Leaving Certificate Examination, 1911
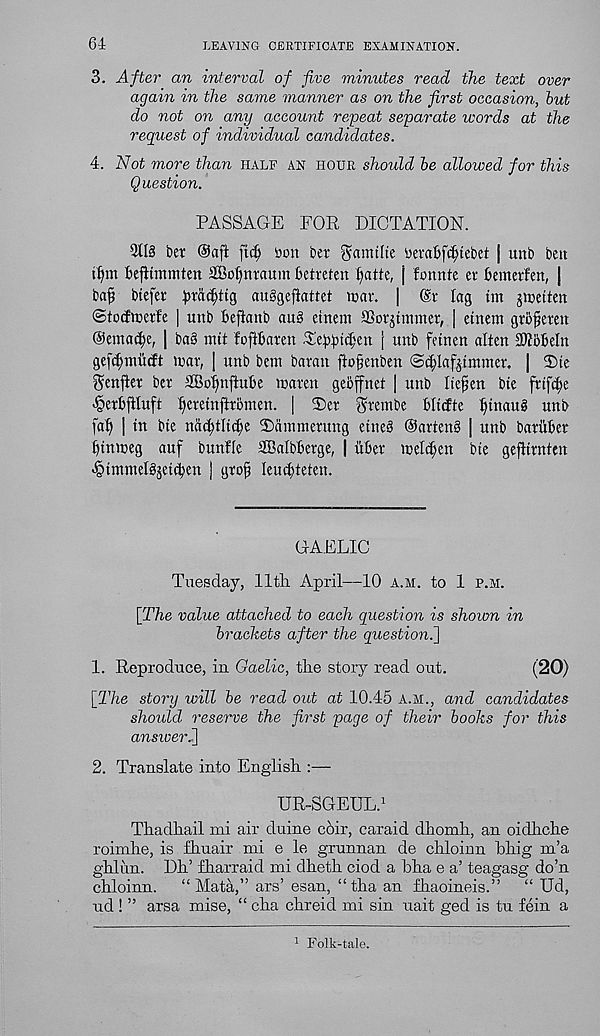
64
LEAVING CERTIFICATE EXAMINATION.
3. After an interval of five minutes read the text over
again in the same manner as on the first occasion, but
do not on any account repeat separate words at the
request of individual candidates.
4. Not more than half an hour should be allowed for this
Question.
PASSAGE FOR DICTATION.
9ll§ ber @aft ftdj con ber gamtlte berafcfcfjtebet | unb belt
iljm fcefHmmten SBofynraum bctveten
| fonnte er bemerfen, |
ba^ btefei: ^<1^9 auSgeflattet roar. |
lag tm jinetteit
©totfroerfe | unb beftanb aug einem
miner, | etnem grb^eren
©ema^e, | ba§ mit foftbaren ^ebbt<$en [ unb fetnen alten 3WiibeIn
gefd;nntcft mar, [ unb bent baran fto§enben ‘Sct;[af^tinmer. | 2)te
genfter ber SBo^njiube maren geoffnet | unb Itefien bte frifct;e
.§erbftluft f)eretnftromen. | Ter grembe Wtcfte ^tnaug unb
faf) | in bte nac^tli^e Tdmmerung etneg @arten§ | unb bariiber
btnmeg auf bunfle SBalbberge, | itBer meleven bte gefltrnten
>!QtmmeIgjetcben | gro^ Ieuct)teten.
GAELIC
Tuesday, 11th April—10 a.m. to 1 p.m.
[The value attached to each question is shown in
brackets after the question^]
1. Reproduce, in Gaelic, the story read out.
(20)
[The story will be read out at 10.45 a.m., and candidates
should, reserve the first page of their books for this
ansiveri]
2. Translate into English :—
UR-SGEUL. 1
Thadhail mi air duine coir, caraid dhomh, an oidhche
roimhe, is fhuair mi e le grunnan de chloinn bhig m’a
ghlun. Dh’ fharraid mi dheth ciod a bha e a’ teagasg do’n
chloinn.
“Mata,” ars’ esan, “tha an fhaoineis.”
“ Ud,
ud ! ” arsa mise, “ cha chreid mi sin uait ged is tu fein a
1 Folk-tale.